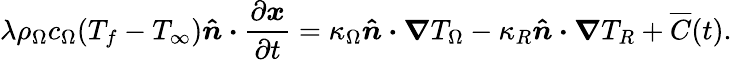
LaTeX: \lambda\rho_{\Omega}c_{\Omega}(T_{f}-T_{\infty})\boldsymbol{\hat{n}\cdot}\frac{\partial\boldsymbol{x}}{\partial t}=\kappa_{\Omega}\boldsymbol{\hat{n}\cdot\nabla}T_{\Omega}-\kappa_{R}\boldsymbol{\hat{n}\cdot\nabla}T_{R}+\overline{{C}}(t).